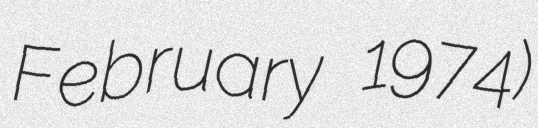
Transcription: February 1974)